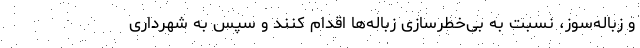
و زباله‌سوز، نسبت به بی‌خطرسازی زباله‌ها اقدام کنند و سپس به شهرداری